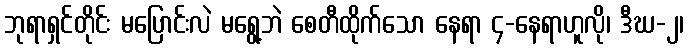
ဘုရာရှင်တိုင်း မပြောင်းလဲ မရွေ့ဘဲ စေတီထိုက်သော နေရာ ၄-နေရာဟူလို၊ ဒီဃ-၂၊